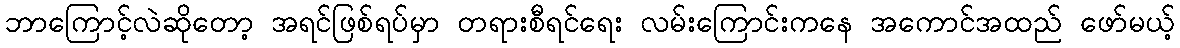
ဘာကြောင့်လဲဆိုတော့ အရင်ဖြစ်ရပ်မှာ တရားစီရင်ရေး လမ်းကြောင်းကနေ အကောင်အထည် ဖော်မယ့်